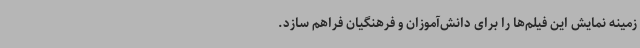
زمینه نمایش این فیلم‌ها را برای دانش‌آموزان و فرهنگیان فراهم سازد.